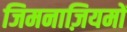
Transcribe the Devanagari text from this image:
जिमनाज़ियमों